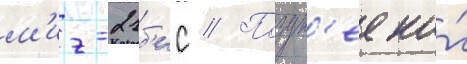
м'иг-21б'ис // Поздн'ее на́